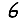
Digit: 6